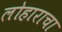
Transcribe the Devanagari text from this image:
लोहाराचा